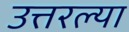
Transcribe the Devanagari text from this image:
उत्तरल्या